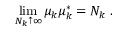
\operatorname * { l i m } _ { N _ { k } \uparrow \infty } \mu _ { k } \mu _ { k } ^ { \ast } = N _ { k } \; .